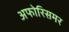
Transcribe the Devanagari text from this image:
अफोरिसमर